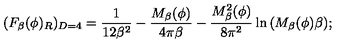
( F _ { \beta } ( \phi ) _ { R } ) _ { D = 4 } = \frac { 1 } { 1 2 \beta ^ { 2 } } - \frac { M _ { \beta } ( \phi ) } { 4 \pi \beta } - \frac { M _ { \beta } ^ { 2 } ( \phi ) } { 8 \pi ^ { 2 } } \ln { ( M _ { \beta } ( \phi ) \beta ) } ;